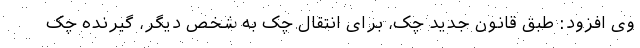
وی افزود: طبق قانون جدید چک، برای انتقال چک به شخص دیگر، گیرنده چک